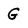
Character: G